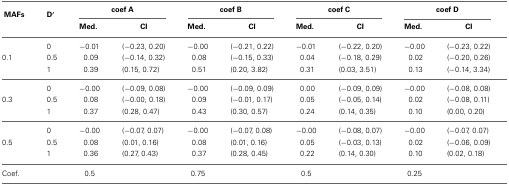
<table><thead><tr><td rowspan="2"><b>MAFs</b></td><td rowspan="2"><b>D′</b></td><td colspan="2"><b>coef A</b></td><td colspan="2"><b>coef B</b></td><td colspan="2"><b>coef C</b></td><td colspan="2"><b>coef D</b></td></tr><tr><td><b>Med.</b></td><td><b>CI</b></td><td><b>Med.</b></td><td><b>CI</b></td><td><b>Med.</b></td><td><b>CI</b></td><td><b>Med.</b></td><td><b>CI</b></td></tr></thead><tbody><tr><td></td><td>0</td><td>−0.01</td><td>(−0.23, 0.20)</td><td>−0.00</td><td>(−0.21, 0.22)</td><td>−0.01</td><td>(−0.22, 0.20)</td><td>−0.00</td><td>(−0.23, 0.22)</td></tr><tr><td>0.1</td><td>0.5</td><td>0.09</td><td>(−0.14, 0.32)</td><td>0.08</td><td>(−0.15, 0.33)</td><td>0.04</td><td>(−0.18, 0.29)</td><td>0.02</td><td>(−0.20, 0.26)</td></tr><tr><td></td><td>1</td><td>0.39</td><td>(0.15, 0.72)</td><td>0.51</td><td>(0.20, 3.82)</td><td>0.31</td><td>(0.03, 3.51)</td><td>0.13</td><td>(−0.14, 3.34)</td></tr><tr><td></td><td>0</td><td>−0.00</td><td>(−0.09, 0.08)</td><td>−0.00</td><td>(−0.09, 0.09)</td><td>0.00</td><td>(−0.09, 0.09)</td><td>−0.00</td><td>(−0.08, 0.08)</td></tr><tr><td>0.3</td><td>0.5</td><td>0.08</td><td>(−0.00, 0.18)</td><td>0.09</td><td>(−0.01, 0.17)</td><td>0.05</td><td>(−0.05, 0.14)</td><td>0.02</td><td>(−0.08, 0.11)</td></tr><tr><td></td><td>1</td><td>0.37</td><td>(0.28, 0.47)</td><td>0.43</td><td>(0.30, 0.57)</td><td>0.24</td><td>(0.14, 0.35)</td><td>0.10</td><td>(0.00, 0.20)</td></tr><tr><td></td><td>0</td><td>−0.00</td><td>(−0.07, 0.07)</td><td>−0.00</td><td>(−0.07, 0.08)</td><td>−0.00</td><td>(−0.08, 0.07)</td><td>−0.00</td><td>(−0.07, 0.07)</td></tr><tr><td>0.5</td><td>0.5</td><td>0.08</td><td>(0.01, 0.16)</td><td>0.08</td><td>(0.01, 0.16)</td><td>0.05</td><td>(−0.03, 0.13)</td><td>0.02</td><td>(−0.06, 0.09)</td></tr><tr><td></td><td>1</td><td>0.36</td><td>(0.27, 0.43)</td><td>0.37</td><td>(0.28, 0.45)</td><td>0.22</td><td>(0.14, 0.30)</td><td>0.10</td><td>(0.02, 0.18)</td></tr><tr><td>Coef.</td><td></td><td>0.5</td><td></td><td>0.75</td><td></td><td>0.5</td><td></td><td>0.25</td><td></td></tr></tbody></table>